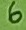
Text: 6